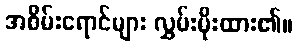
အစိမ်းရောင်များ လွှမ်းမိုးထား၏။